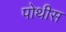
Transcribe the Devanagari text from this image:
पोथीस